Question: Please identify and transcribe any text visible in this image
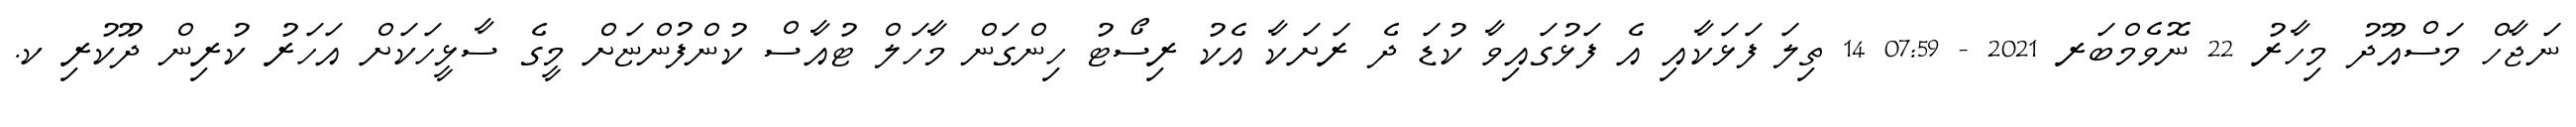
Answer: ނަޖާހް މަސްއޫދު މިހާރު 22 ނޮވެމްބަރ 2021 - 07:59 14 ތިލަ ފަޅަކާއި އެ ފަޅުގައިވާ ކުޑަ ދެ ރަށަކާ އެކު ރިސޯޓު ހިންގަން މާހަލް ޓުއާސް ކުންފުންޏަށް މީގެ ސާޅީހަކަށް އަހަރު ކުރިން ދޫކުރި ކ.